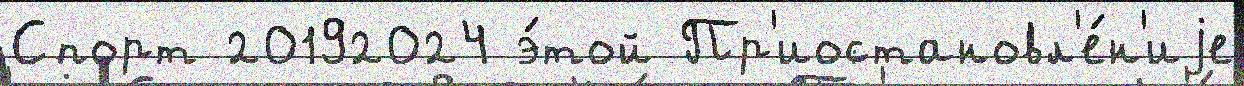
Спорт 20192024 э́той Пр'иостановл'е́н'иjе